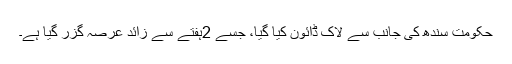
حکومت سندھ کی جانب سے لاک ڈائون کیا گیا، جسے 2ہفتے سے زائد عرصہ گزر گیا ہے۔